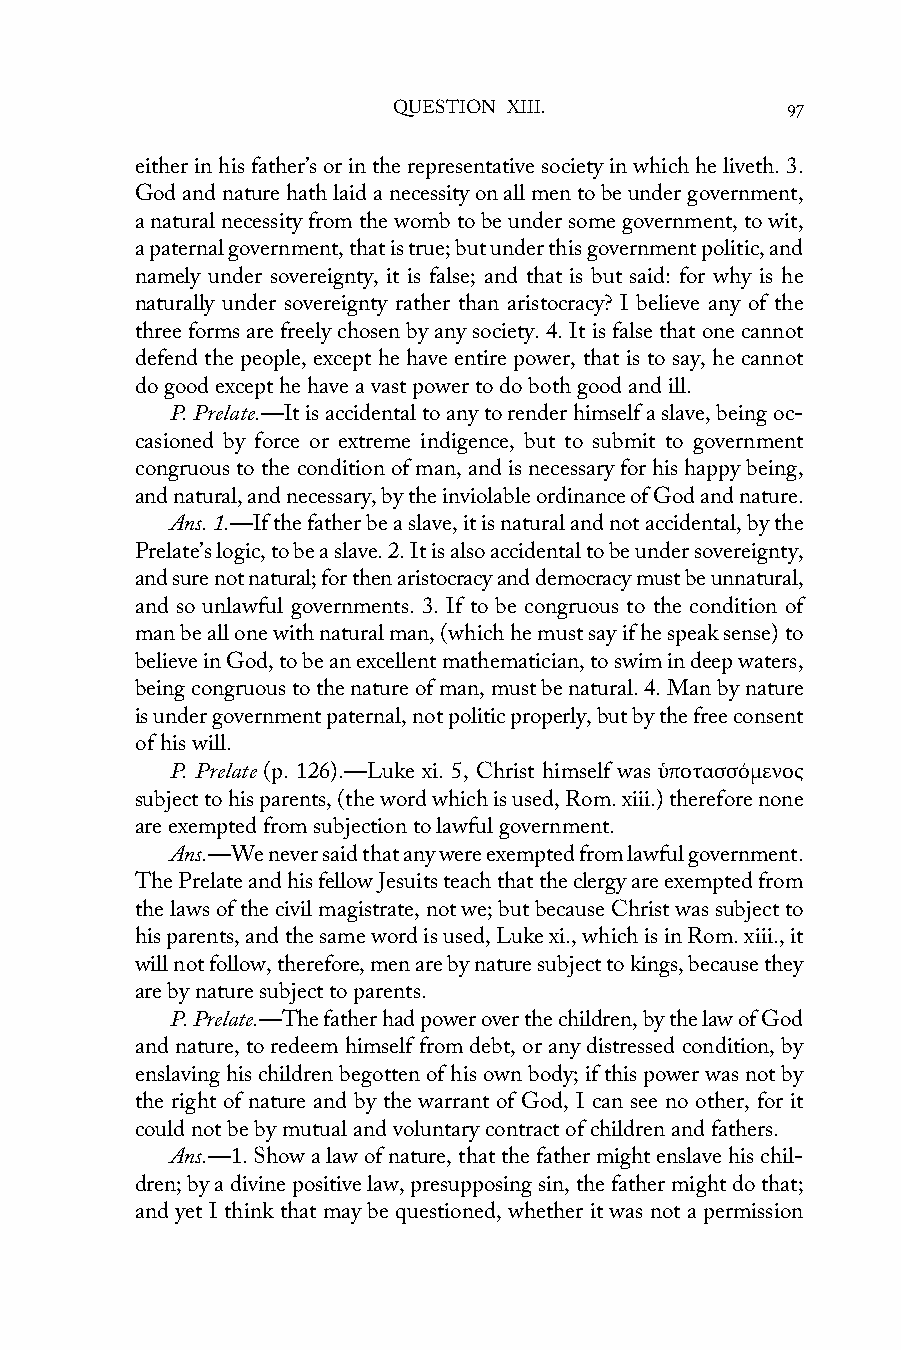
QUESTION XIII.            97
 either in his father’s or in the representative society in which he liveth. 3.
 God and nature hath laid a necessity on all men to be under government,
 a natural necessity from the womb to be under some government, to wit,
 a paternal government, that is true; but under this government politic, and
 namely under sovereignty, it is false; and that is but said: for why is he
 naturally under sovereignty rather than aristocracy? I believe any of the
 three forms are freely chosen by any society. 4. It is false that one cannot
 defend the people, except he have entire power, that is to say, he cannot
 do good except he have a vast power to do both good and ill.
 P. Prelate.—It is accidental to any to render himself a slave, being oc-
 casioned by force or extreme indigence, but to submit to government
 congruous to the condition of man, and is necessary for his happy being,
 and natural, and necessary, by the inviolable ordinance of God and nature.
 Ans. 1.—If the father be a slave, it is natural and not accidental, by the
 Prelate’s logic, to be a slave. 2. It is also accidental to be under sovereignty,
 and sure not natural; for then aristocracy and democracy must be unnatural,
 and so unlawful governments. 3. If to be congruous to the condition of
 man be all one with natural man, (which he must say if he speak sense) to
 believe in God, to be an excellent mathematician, to swim in deep waters,
 being congruous to the nature of man, must be natural. 4. Man by nature
 is under government paternal, not politic properly, but by the free consent
 of his will.
 P. Prelate (p. 126).—Luke xi. 5, Christ himself was ὑποτασσόμενος
 subject to his parents, (the word which is used, Rom. xiii.) therefore none
 are exempted from subjection to lawful government.
 Ans.—We never said that any were exempted from lawful government.
 The Prelate and his fellow Jesuits teach that the clergy are exempted from
 the laws of the civil magistrate, not we; but because Christ was subject to
 his parents, and the same word is used, Luke xi., which is in Rom. xiii., it
 will not follow, therefore, men are by nature subject to kings, because they
 are by nature subject to parents.
 P. Prelate.—The father had power over the children, by the law of God
 and nature, to redeem himself from debt, or any distressed condition, by
 enslaving his children begotten of his own body; if this power was not by
 the right of nature and by the warrant of God, I can see no other, for it
 could not be by mutual and voluntary contract of children and fathers.
 Ans.—1. Show a law of nature, that the father might enslave his chil-
 dren; by a divine positive law, presupposing sin, the father might do that;
 and yet I think that may be questioned, whether it was not a permission